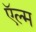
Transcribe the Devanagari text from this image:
ऍल्म